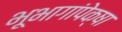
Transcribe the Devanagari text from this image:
भूभागांपेक्षा